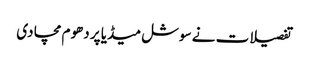
تفصیلات نے سوشل میڈیا پر دھوم مچا دی